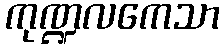
ကုဏ္ဍလကေသာ